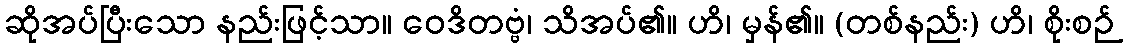
ဆိုအပ်ပြီးသော နည်းဖြင့်သာ။ ဝေဒိတဗ္ဗံ၊ သိအပ်၏။ ဟိ၊ မှန်၏။ (တစ်နည်း) ဟိ၊ စိုးစဉ်